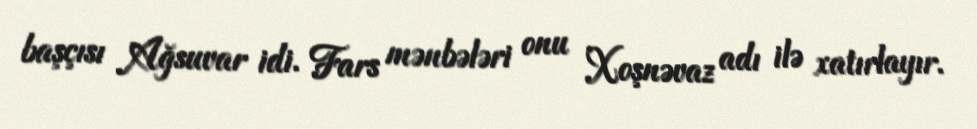
başçısı Ağsuvar idi. Fars mənbələri onu Xoşnəvaz adı ilə xatırlayır.